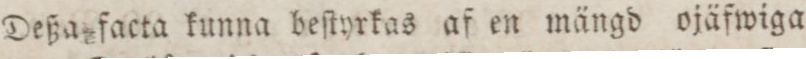
Deßa facta kunna beſtyrkas af en mängd ojäfwiga